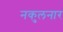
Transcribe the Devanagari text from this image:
नकुलनार